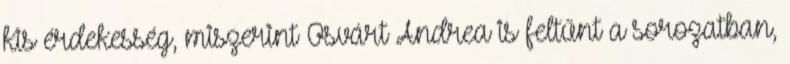
kis érdekesség, miszerint Osvárt Andrea is feltűnt a sorozatban,